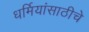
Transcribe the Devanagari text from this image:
धर्मियांसाठीचे